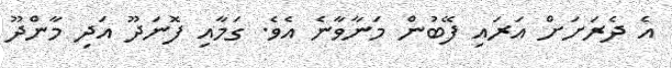
އެ ދެރަށަށް އަރައި ފޭބުން މަނާވާނެ އެވެ. ގަމާއި ފޮނަދޫ އަދި މާންދޫ